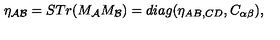
\eta _ { { \cal A B } } = S T r ( M _ { { \cal A } } M _ { { \cal B } } ) = d i a g ( \eta _ { A B , C D } , C _ { \alpha \beta } ) ,